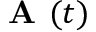
\textbf { A } ( t )